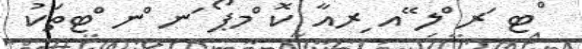
ްޓ ަރ ްލ ޭއ ިރއާ ކޮ ްމޕޯ ަނ ްނ ްޓތަކު